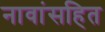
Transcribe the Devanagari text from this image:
नावांसहित